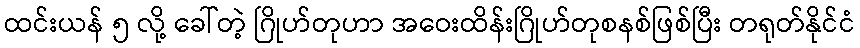
ထင်းယန် ၅ လို့ ခေါ်တဲ့ ဂြိုဟ်တုဟာ အဝေးထိန်းဂြိုဟ်တုစနစ်ဖြစ်ပြီး တရုတ်နိုင်ငံ